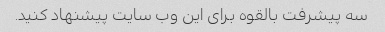
سه پیشرفت بالقوه برای این وب سایت پیشنهاد کنید.